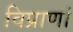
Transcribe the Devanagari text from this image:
विप्राणां